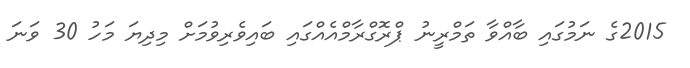
2015ގެ ނަމުގައި ބާއްވާ ތަމްރީނު ޕްރޮގްރާމްއެއްގައި ބައިވެރިވުމަށް މިދިޔަ މަހު 30 ވަަނަ